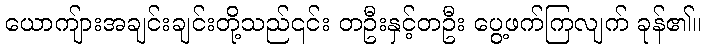
ယောကျ်ားအချင်းချင်းတို့သည်၎င်း တဦးနှင့်တဦး ပွေ့ဖက်ကြလျက် ခုန်၏။